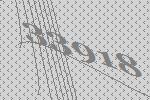
33918